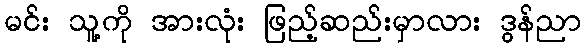
မင်း သူ့ကို အားလုံး ဖြည့်ဆည်းမှာလား ဒွန်ညာ